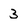
Character: 3